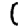
Digit: 1